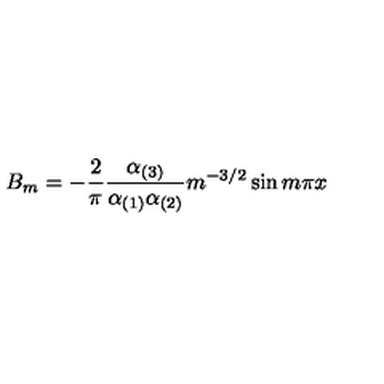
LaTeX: B _ { m } = - { \frac { 2 } { \pi } } { \frac { \alpha _ { ( 3 ) } } { \alpha _ { ( 1 ) } \alpha _ { ( 2 ) } } } m ^ { - 3 / 2 } \sin m \pi x